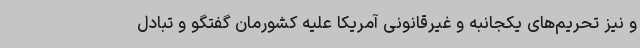
و نیز تحریم‌های یکجانبه و غیرقانونی آمریکا علیه کشورمان گفتگو و تبادل